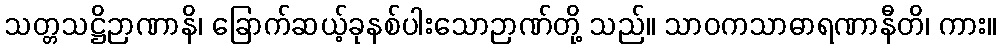
သတ္တသဋ္ဌိဉာဏာနိ၊ ခြောက်ဆယ့်ခုနစ်ပါးသောဉာဏ်တို့ သည်။ သာဝကသာဓာရဏာနီတိ၊ ကား။